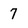
Character: 7